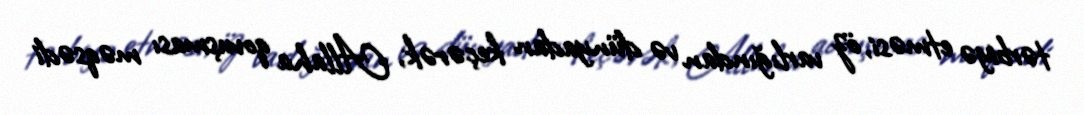
tərbiyə etməsi, öz varlığından və dünyadan keçərək, Allaha qovuşması məqsədi